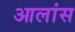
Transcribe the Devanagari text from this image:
आलांस